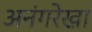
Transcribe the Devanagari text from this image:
अनंगरेखा